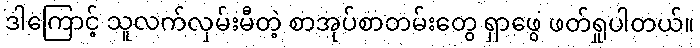
ဒါကြောင့် သူလက်လှမ်းမီတဲ့ စာအုပ်စာတမ်းတွေ ရှာဖွေ ဖတ်ရှုပါတယ်။